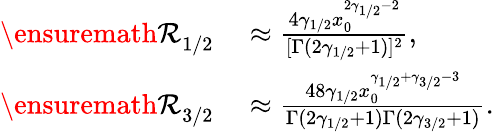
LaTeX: \begin{array}{rl}{{\ensuremath{\mathcal R}}_{1/2}}&{{}\approx\frac{4\gamma_{1/2}x_{0}^{2\gamma_{1/2}-2}}{[\Gamma(2\gamma_{1/2}+1)]^{2}},}\\ {{\ensuremath{\mathcal R}}_{3/2}}&{{}\approx\frac{48\gamma_{1/2}x_{0}^{\gamma_{1/2}+\gamma_{3/2}-3}}{\Gamma(2\gamma_{1/2}+1)\Gamma(2\gamma_{3/2}+1)}.}\end{array}